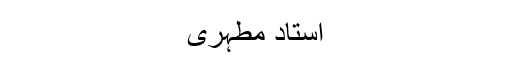
استاد مطہری